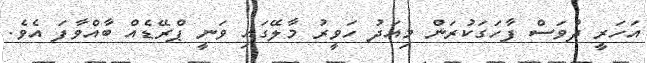
އަހަރީ ދުވަސް ފާހަގަކުރަން މިއަދު ހަވީރު މާލޭގައި ވަނީ ޕްރޭޑެއް ބާއްވާފަ އެވެ.